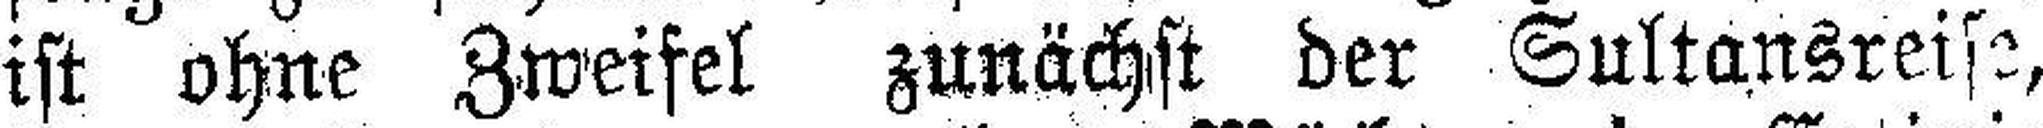
ist ohne Zweifel zunächst der Sultansreise,